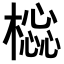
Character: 𣛚